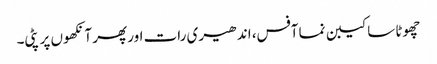
چھوٹا سا کیبن نما آفس، اندھیری رات اور پھر آنکھوں پر پٹی۔